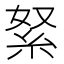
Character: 䋈